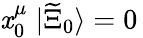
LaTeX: \mathit{x}_{0}^{\mu}\; |\widetilde{{\Xi}}_{0}\rangle=0\,